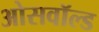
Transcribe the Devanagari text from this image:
ओसवॉल्ड